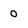
Character: 0